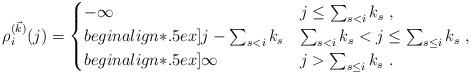
LaTeX: \begin{align*}\rho^{(\vec k)}_i(j) =\begin{cases}-\infty & j\le \sum_{s<i}k_s\ , \\begin{align*}.5ex]j- \sum_{s<i}k_s & \sum_{s<i}k_s<j\le\sum_{s\le i}k_s\ , \\begin{align*}.5ex]\infty & j>\sum_{s\le i}k_s\ .\end{cases}\end{align*}